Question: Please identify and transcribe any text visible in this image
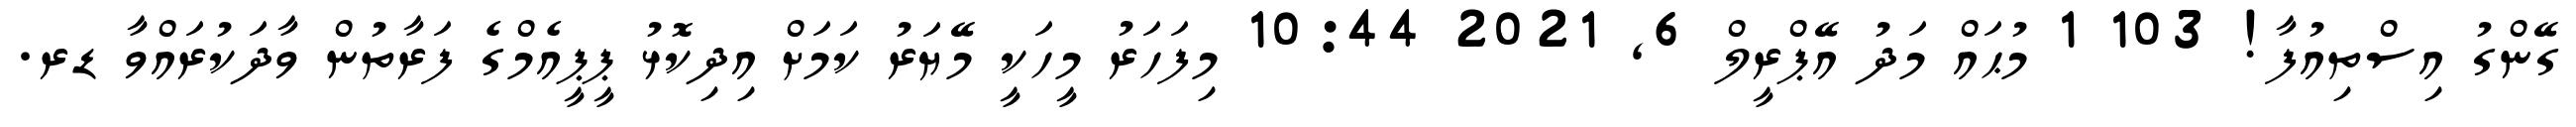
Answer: ގޭންގު އިސްތިއުފާ! 103 1 މުޙައް މަދު އޭޕްރީލް 6, 2021 10:44 މިފަހަރު މީހަކީ މޭޔަރު ކަމަށް އިދިކޮޅު ޕީޕީއެމްގެ ފަރާތުން ވާދަކުރައްވާ ޑރ.